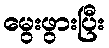
မွေးဖွားပြီး